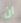
أن